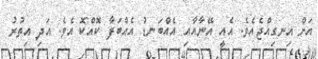
އަށް އިނގިއްޖެއެވެ. އެއީ އޭނާއާއި އެއްބަނޑު އެއްބަފާ ކޮއްކޮ އެވެ. އަދި އިތުރު